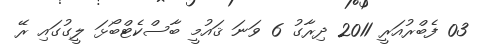
03 ފެބްރުއަރީ 2011 ދިރާގު 6 ވަނަ ޤައުމީ ބާސްކެޓްބޯޅަ ލީގުގައި ރޭ